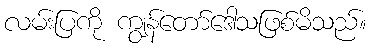
လမ်းပြကို ကျွန်တော်ဒေါသဖြစ်မိသည်။